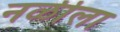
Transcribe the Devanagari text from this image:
नळीला